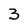
Character: 3